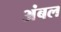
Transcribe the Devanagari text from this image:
अंबल